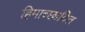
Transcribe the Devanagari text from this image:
हिमाच्‍छादित